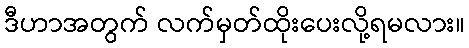
ဒီဟာအတွက် လက်မှတ်ထိုးပေးလို့ရမလား။